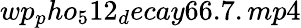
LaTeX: wp_{p}ho_{5}12_{d}ecay66.7.mp4